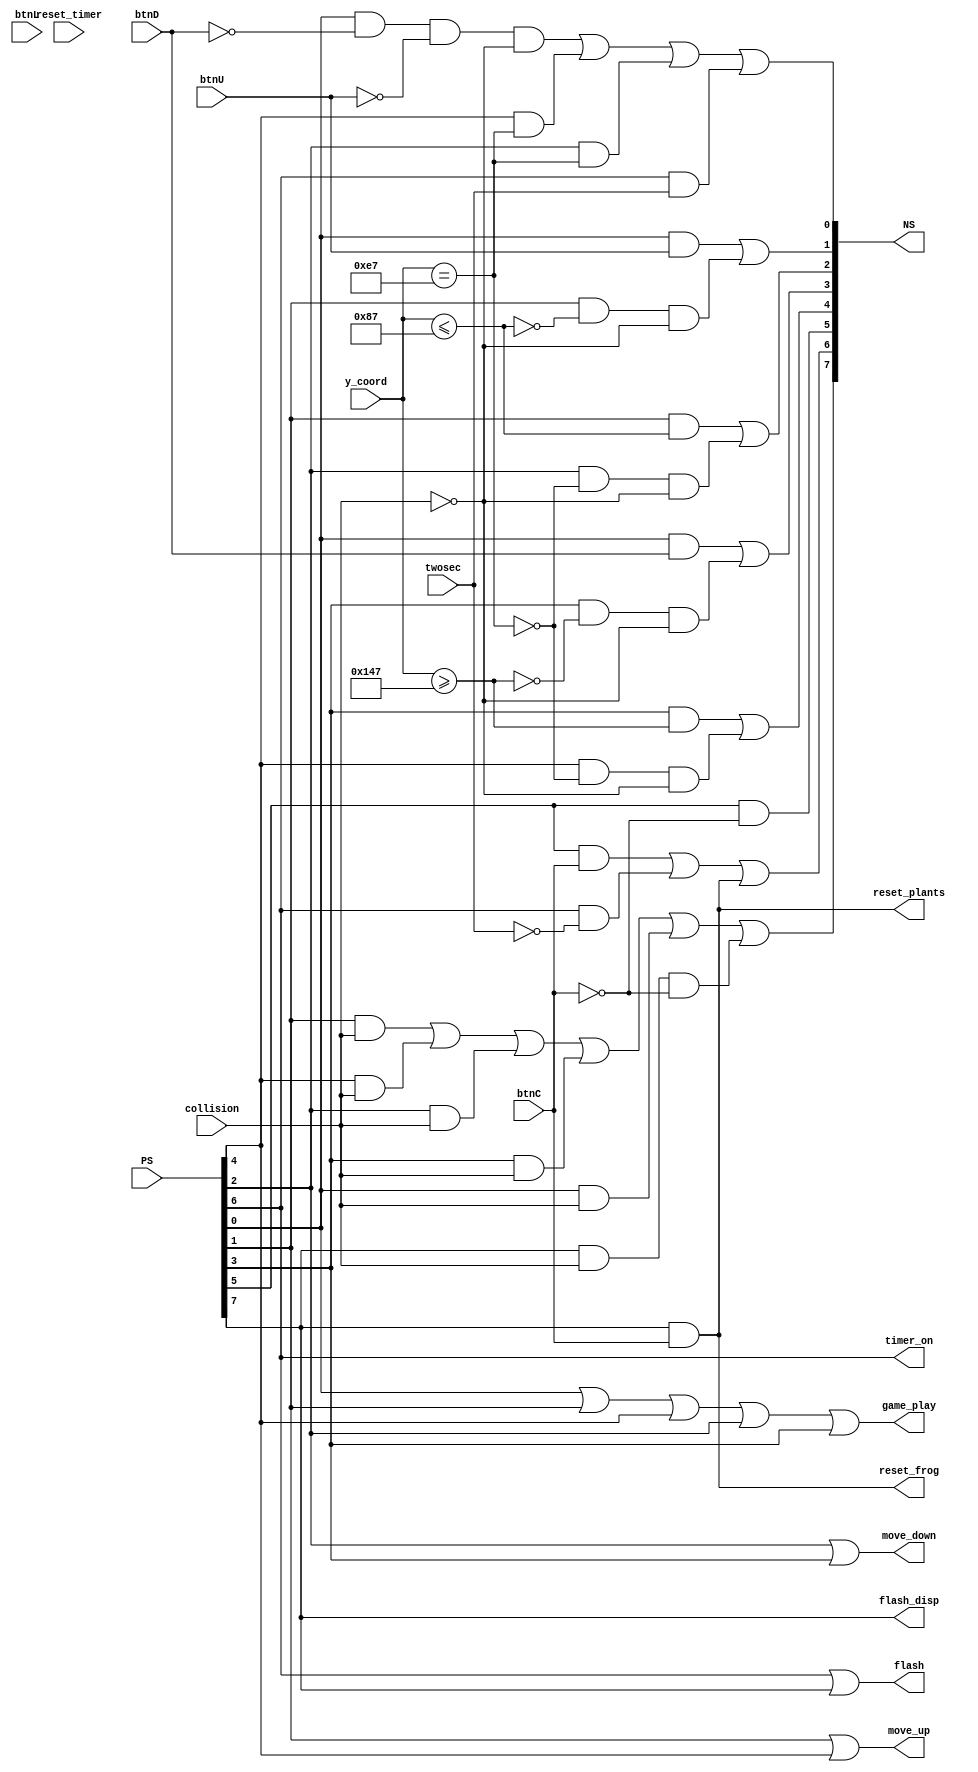
`timescale 1ns / 1ps

module frog_movement_sm_logic(
    input btnU,
    input btnD,
    input btnL,
    input btnC,
    input reset_timer,
    input twosec,
    input collision,
    input [9:0] y_coord,
    input [7:0] PS,
    output [7:0] NS,
    output move_up,
    output move_down,
    output timer_on,
    output reset_plants,
    output flash,
    output reset_frog,
    output game_play,
    output flash_disp
    );
    
    wire IDLE, UP1, DW1, UP2, DW2, START, TIMER, STOP;
    wire IDLE_next, UP1_next, DW1_next, UP2_next, DW2_next, START_next, TIMER_next, STOP_next;
    
    //defines the y_coordinate of the top left corner of the frog when it is in the center
    wire [9:0] frog_center;
    assign frog_center = 10'd231;
    
    //defines the y_coordinate of the highest and lowest point the frog top edge can jump
    wire [9:0] top_edge;
    assign top_edge = 10'd135;
    wire [9:0] bottom_edge;
    assign bottom_edge = 10'd327;
    
    //1 if the frog reached the upper boundary, 0 if it didnt
    wire upper_bound;
    assign upper_bound = (y_coord <= top_edge);
    
    //1 if the frog reached the lower boundary, 0 if it didnt 
    wire lower_bound;
    assign lower_bound = (y_coord >= bottom_edge);
    
    //1 if the frog reached the center, 0 if it didnt
    wire center;
    assign center = (y_coord == frog_center);
    
    assign IDLE = PS[0];
    assign UP1 = PS[1];
    assign DW1 = PS[2];
    assign DW2 = PS[3];
    assign UP2 = PS[4];
    assign START = PS[5];
    assign TIMER = PS[6];
    assign STOP = PS[7];
    
    assign NS[0] = IDLE_next;
    assign NS[1] = UP1_next;
    assign NS[2] = DW1_next;
    assign NS[3] = DW2_next;
    assign NS[4] = UP2_next;
    assign NS[5] = START_next;
    assign NS[6] = TIMER_next;
    assign NS[7] = STOP_next;
    
    assign IDLE_next = (IDLE & !btnD & !btnU & !collision) | (UP2 & center) | (DW1 & center) | (TIMER & twosec);
    assign UP1_next = (IDLE & btnU) | (UP1 & !upper_bound & !collision);
    assign DW1_next = (UP1 & upper_bound) | (DW1 & !center & !collision);
    assign DW2_next = (IDLE & btnD) | (DW2 & !lower_bound & !collision);
    assign UP2_next = (DW2 & lower_bound) | (UP2 & !center & !collision);
    assign TIMER_next = (START & btnC) | (TIMER & !twosec) | (STOP & btnC);
    assign START_next = START & !btnC;
    assign STOP_next = (UP1 & collision) | (UP2 & collision) | (DW1 & collision) | (DW2 & collision) | (IDLE & collision) | (STOP & collision & !btnC);
    
    assign move_up = UP1 | UP2;
    assign move_down = DW1 | DW2;
    assign reset_timer = (START & btnC) | (STOP & btnC);
    assign timer_on = TIMER;
    assign reset_plants = STOP & btnC;
    assign reset_frog = STOP & btnC;
    assign game_play = IDLE | UP1 | UP2 | DW1 | DW2;
    assign flash = TIMER | STOP;
    assign flash_disp = STOP;
    
endmodule